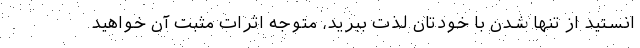
انستید از تنها شدن با خودتان لذت ببرید، متوجه اثرات مثبت آن خواهید